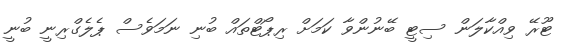
ޓޫރޭ ވިއްކާލަން ސިޓީ ބޭނުންވާ ކަމަށް ރިޕޯޓްތައް ބުނި ނަމަވެސް ޕެލެގްރިނީ ބުނީ